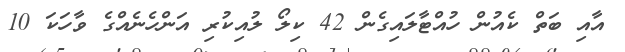
އާއި ބަތް ކެއުން ހުއްޓާލައިގެން 42 ކިލޯ ލުއިކުރި އަންހެނެއްގެ ވާހަކަ 10